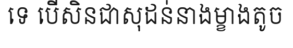
ទេ បើសិនជាសុដន់នាងម្ខាងតូច